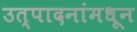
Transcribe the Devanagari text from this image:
उत्पादनांमधून